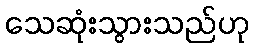
သေဆုံးသွားသည်ဟု